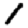
Digit: 1